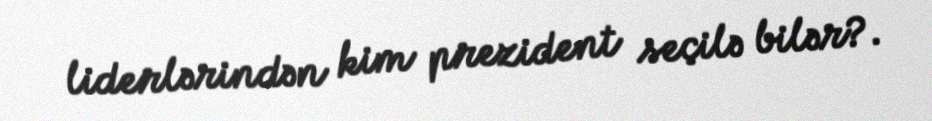
liderlərindən kim prezident seçilə bilər?.